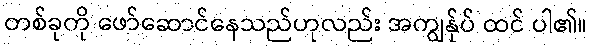
တစ်ခုကို ဖော်ဆောင်နေသည်ဟုလည်း အကျွန်ုပ် ထင် ပါ၏။